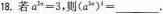
18.若 $$a^{2}=3$$ 则 $$(a^{3})^{3}=___$$